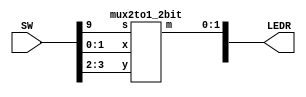
`timescale 1ns / 1ps
`default_nettype none

module top(SW, LEDR);
    input [9:0]SW;
    output [9:0]LEDR;
    
	mux2to1_2bit u0(SW[1:0], SW[3:2], SW[9], LEDR[1:0]);

endmodule

module mux2to1_2bit(x, y, s, m);
	input [1:0]x, y;
	input s;
	output [1:0]m;

	assign m[0] = (~s&x[0]) | (s&y[0]);   
	assign m[1] = (~s&x[1]) | (s&y[1]);

	// mux2to1 u0(x[0], y[0], s, m[0]);  instantiation by port: ordering is important
	// mux2to1 u1(x[1], y[1], s, m[1]);
	
	// mux2to1 u0(.x(x[0]), .y(y[0]), .s(s), .m(m[0])); instantiation by name: ordering is not important
	// mux2to1 u1(.x(x[1]), .y(y[1]), .s(s), .m(m[1])); 

	endmodule